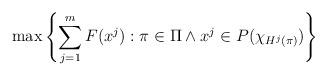
LaTeX: \begin{align*} \max \left\{ \sum_{j=1}^m F(x^j) : \pi \in \Pi \land x^j \in P(\chi_{H^j(\pi)}) \right\}\end{align*}